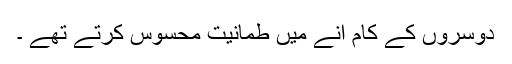
دوسروں کے کام آنے میں طمانیت محسوس کرتے تھے ۔